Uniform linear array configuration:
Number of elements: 4
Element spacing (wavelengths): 0.25
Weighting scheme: uniform
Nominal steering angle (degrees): -15
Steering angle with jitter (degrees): -16.362
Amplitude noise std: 0.05
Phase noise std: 0.05

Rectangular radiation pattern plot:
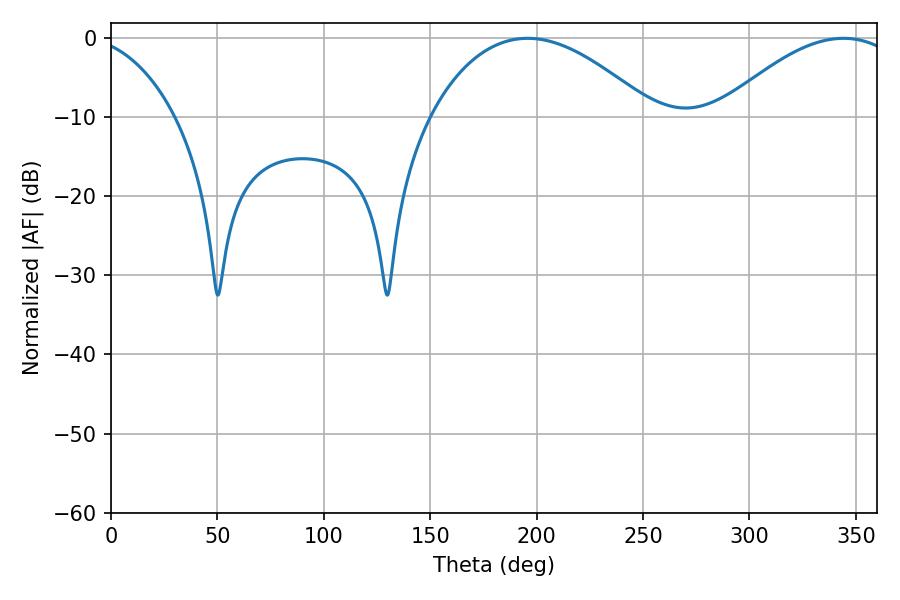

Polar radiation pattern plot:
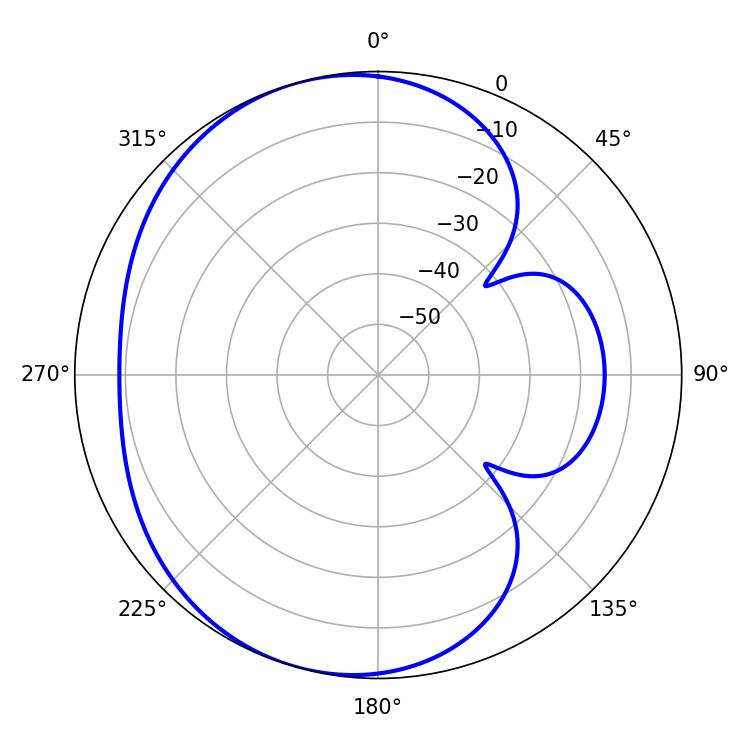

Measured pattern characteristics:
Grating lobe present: FALSE
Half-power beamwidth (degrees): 58.14
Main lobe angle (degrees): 195.84